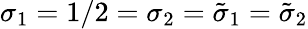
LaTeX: \sigma_{1}=1/2=\sigma_{2}=\tilde{\sigma}_{1}=\tilde{\sigma}_{2}